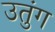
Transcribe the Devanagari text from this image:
उतुंग